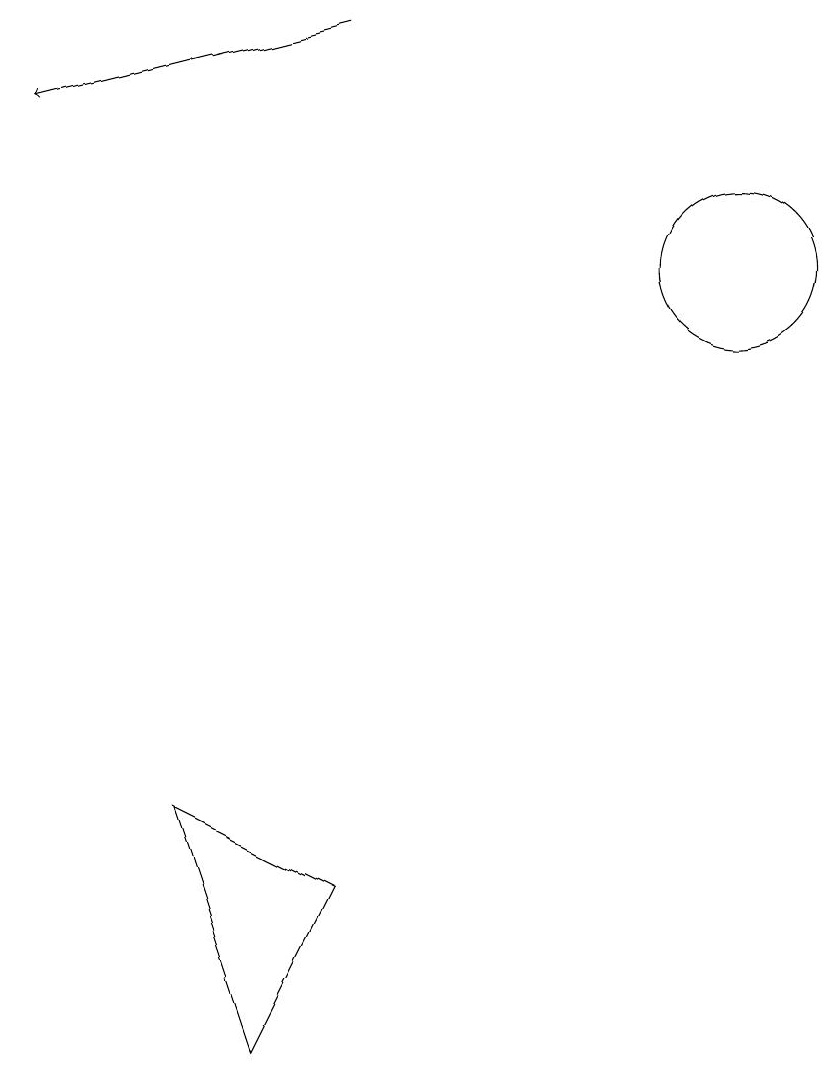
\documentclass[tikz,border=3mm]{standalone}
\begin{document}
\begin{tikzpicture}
\draw[->] (6,15) -- (2,14);
\draw (11,12) circle (1);
\draw (6,4) -- (5,2) -- (4,5) -- cycle;
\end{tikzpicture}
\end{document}